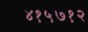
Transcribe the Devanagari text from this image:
४१५७१२